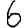
Digit: 6